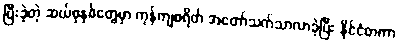
ပြီးခဲ့တဲ့ ဆယ်စုနှစ်တွေမှာ ကုန်ကျစရိတ် အတော်သက်သာလာခဲ့ပြီး နိုင်ငံတကာ